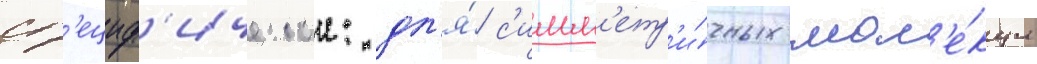
сп'ециф'ическои: дл'я́ с'имм'етр'и́чных мол'е́кул